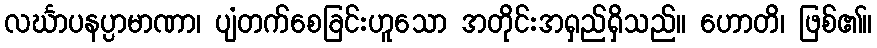
လင်္ဃာပနပ္ပာမာဏာ၊ ပျံတက်စေခြင်းဟူသော အတိုင်းအရှည်ရှိသည်။ ဟောတိ၊ ဖြစ်၏။